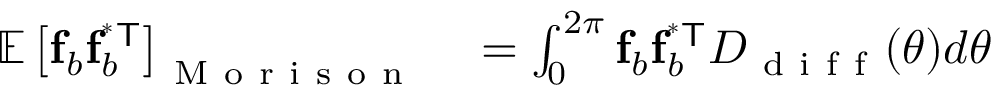
\begin{array} { r l } { \mathbb { E } \left[ \mathbf { f } _ { b } \mathbf { f } _ { b } ^ { \mathsf { ^ { * } T } } \right] _ { \mathrm { ~ M ~ o ~ r ~ i ~ s ~ o ~ n ~ } } } & { { } = \int _ { 0 } ^ { 2 \pi } \mathbf { f } _ { b } \mathbf { f } _ { b } ^ { \mathsf { ^ { * } T } } D _ { \mathrm { ~ d ~ i ~ f ~ f ~ } } ( \theta ) d \theta } \end{array}